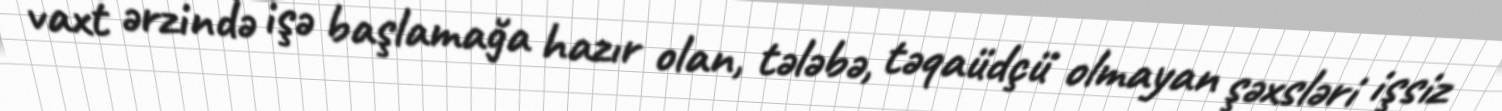
vaxt ərzində işə başlamağa hazır olan, tələbə, təqaüdçü olmayan şəxsləri işsiz